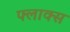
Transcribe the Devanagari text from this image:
फ्लाक्स